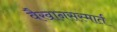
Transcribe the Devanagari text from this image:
वैखानसस्मार्त